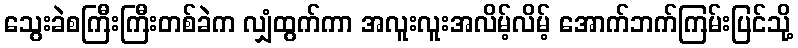
သွေးခဲစကြီးကြီးတစ်ခဲက လျှံထွက်ကာ အလူးလူးအလိမ့်လိမ့် အောက်ဘက်ကြမ်းပြင်သို့